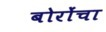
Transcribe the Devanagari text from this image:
बोरोंचा